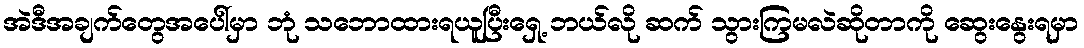
အဲဒီအချက်တွေအပေါ်မှာ ဘုံ သဘောထားရယူပြီးရှေ့ ဘယ်လို ဆက် သွားကြမလဲဆိုတာကို ဆွေးနွေးရမှာ